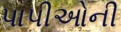
પાપીઓની